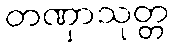
တဏှာသုတ္တ